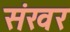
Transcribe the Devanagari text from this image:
संखर